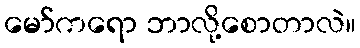
မော်ကရော ဘာလို့စောတာလဲ။